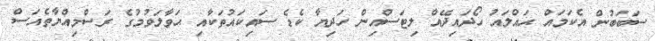
ސަބަބުން އެކަމައް ޙައްލައު ހޯދައިދޭއް ލިޓަސްއިން ހަދިޔާ ކެޑެ ސައިކައުތަކާއި ޙަވާލަވުމުގެ ރަސްމިއްޔާތެއަސް